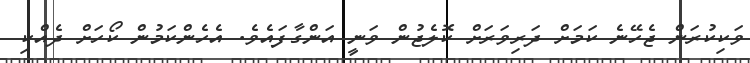
ވަކިކުރަން ޖެހޭނެ ކަމަށް ދަރިވަރަށް ކޮލެޖުން ވަނީ އަންގާފައެވެ. އެހެންކަމުން ކޯހަށް ދެއްކި